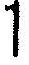
1